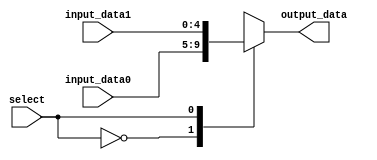
module read_mux(output_data, input_data0, input_data1, select);
  parameter word_size = 5;

  // inputs
  input select;
  input [word_size-1:0] input_data0, input_data1;

  // output
  output reg [word_size-1:0] output_data;

  // select the input
  always @(select or input_data0 or input_data1) begin
    case (select)
      0: output_data <= input_data0;
      1: output_data <= input_data1;
      default: output_data <= 0;
    endcase
  end
endmodule